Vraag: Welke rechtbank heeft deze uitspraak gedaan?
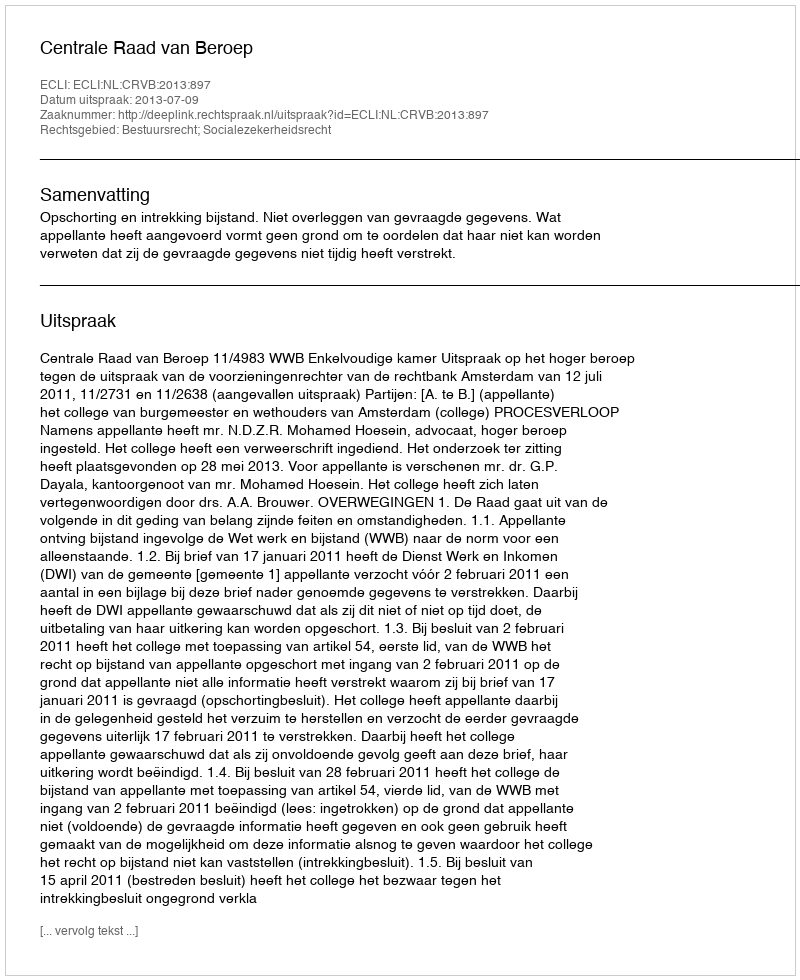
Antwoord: Centrale Raad van Beroep